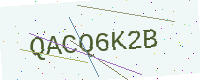
Text: QACQ6K2B